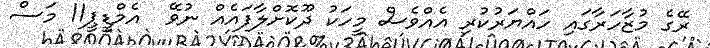
ރޭގެ މުޒާހަރާގައި ހައްޔަރުކުރި އެއްވެސް މީހަކު ދޫކޮށްލާފައެއް ނުވޭ  އެމްޑީޕީ11 މަސް